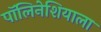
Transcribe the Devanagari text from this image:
पॉलिनेशियाला